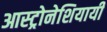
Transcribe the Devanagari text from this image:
आस्ट्रोनेशियायी